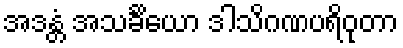
အဒန္တံ အသင်္ခိယော ဒါသိဂဏပရိဝုတာ